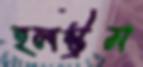
হলস্ট্রম